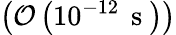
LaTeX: \left(\mathcal{O}\left(10^{-12}\, \mathrm{~s~}\right)\right)